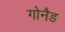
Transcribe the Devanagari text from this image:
गोनैड